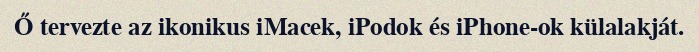
Ő tervezte az ikonikus iMacek, iPodok és iPhone-ok külalakját.